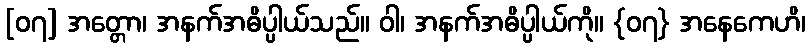
[၀၇] အတ္တော၊ အနက်အဓိပ္ပါယ်သည်။ ဝါ၊ အနက်အဓိပ္ပါယ်ကို။ {၀၇} အနေကေဟိ၊